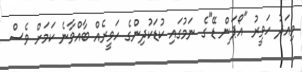
މިއަދު ހަވީރު "އޯޕަން ޑޭ"ގެ ނަމުގައި ކުޑަކުދިންގެ ހަވީރެއް ބާއްވާނެ ކަމަށް ވެސް